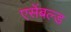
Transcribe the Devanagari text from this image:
एसेंबल्ड